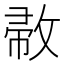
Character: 𢽰